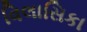
વિલાસિકા